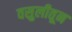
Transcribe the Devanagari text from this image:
वसुलीतून